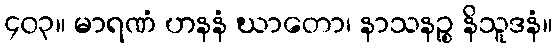
၄၀၃။ မာရဏံ ဟနနံ ဃာတော၊ နာသနဉ္စ နိသူဒနံ။